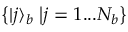
\left\{ | j \rangle _ { b } \right. \left| j = 1 . . . N _ { b } \right\}